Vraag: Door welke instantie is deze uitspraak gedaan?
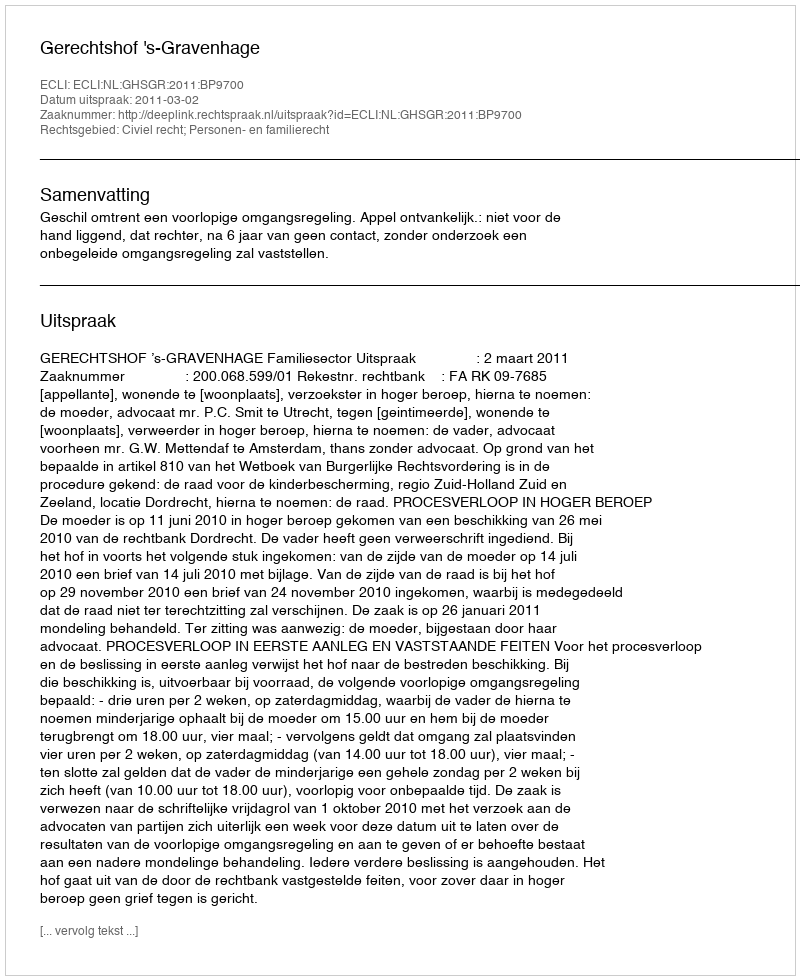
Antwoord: Gerechtshof 's-Gravenhage